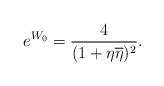
\begin{align*}e^{W_0}={4\over{(1+\eta \overline{\eta})^2}}.\end{align*}